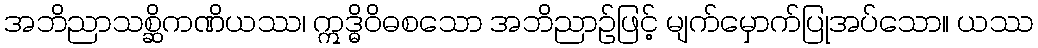
အဘိညာသစ္ဆိကဏိယဿ၊ ဣဒ္ဓိဝိဓစသော အဘိညာဉ်ဖြင့် မျက်မှောက်ပြုအပ်သော။ ယဿ